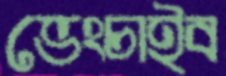
ভেংচাইব